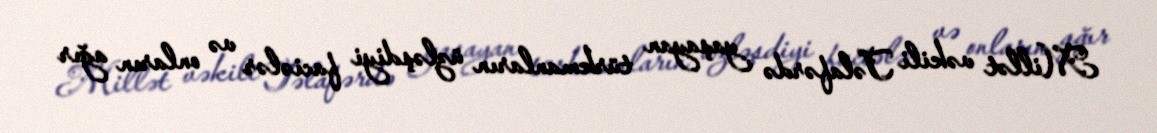
Millət vəkili Təlafərdə yaşayan türkmanların üzləşdiyi faciələr və onların ağır